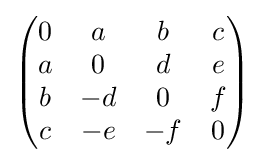
{\begin{pmatrix}0&a&b&c\\a&0&d&e\\b&-d&0&f\\c&-e&-f&0\end{pmatrix}}